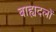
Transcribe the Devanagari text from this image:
बाह्यदलों